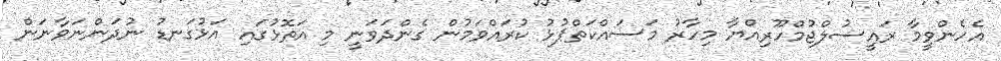
އެހެންވީމާ ރައީސުލްޖުމްހޫރިއްޔާ މިހާރު މަސައްކަތްޕުޅު ކުރައްވަމުން ގެންދަވަނީ މި އަތޮޅުގައި އަޅުގަނޑު ނުދަންނަވާނަން